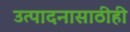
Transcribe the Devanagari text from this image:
उत्पादनासाठीही